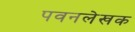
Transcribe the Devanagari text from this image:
पवनलेखक